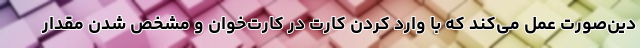
دین‌صورت عمل می‌کند که با وارد کردن کارت در کارت‌خوان و مشخص شدن مقدار